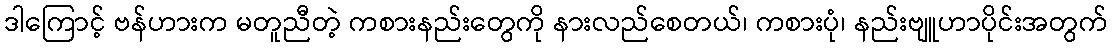
ဒါကြောင့် ဗန်ဟားက မတူညီတဲ့ ကစားနည်းတွေကို နားလည်စေတယ်၊ ကစားပုံ၊ နည်းဗျူဟာပိုင်းအတွက်